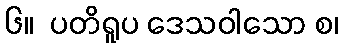
၆။  ပတိရူပ ဒေသဝါသော စ၊